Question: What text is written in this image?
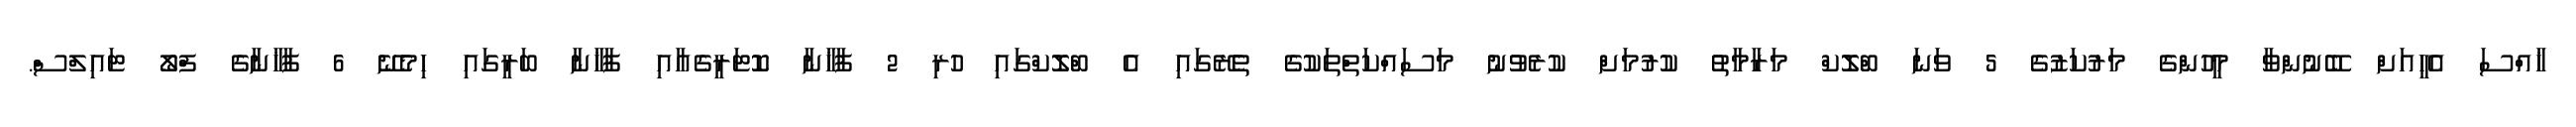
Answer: ޚާއްސަ އެހީއަށް ބޭނުންވާ މީހުންގެ މަރުކަޒުގެ 5 ވަނަ ބްލޮކް މަރާމާތު ކުރުމަށް ކުރެވުނު މަސައްކަތްތަކުގެ ތެރޭގައި އެ ބްލޮކްގައި ހުރި 2 ފާޚާނާ ކޮޓަރީގެއާއި ފާޚާނާ ބަރީގައި ހިމެނޭ 6 ފާޚާނާގެ ފްލޯ ޓައިލްސް.